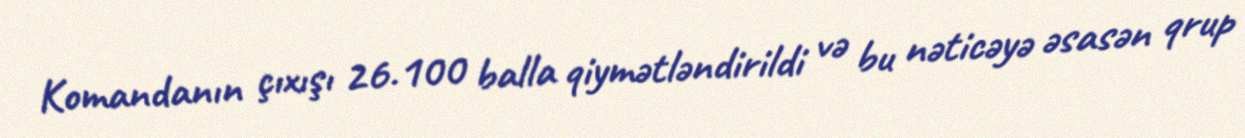
Komandanın çıxışı 26.100 balla qiymətləndirildi və bu nəticəyə əsasən qrup